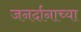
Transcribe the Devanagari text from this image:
जनर्दानाच्या